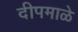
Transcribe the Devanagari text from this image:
दीपमाळे